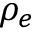
\rho _ { e }